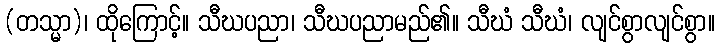
(တသ္မာ)၊ ထိုကြောင့်။ သီဃပညာ၊ သီဃပညာမည်၏။ သီဃံ သီဃံ၊ လျင်စွာလျင်စွာ။